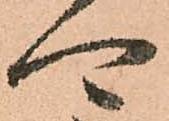
可